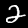
Digit: 2